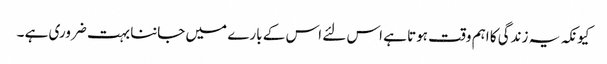
کیونکہ یہ زندگی کا اہم وقت ہوتا ہے اس لئے اس کے بارے میں جاننا بہت ضروری ہے ۔